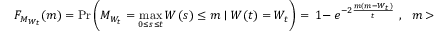
\, F _ { M _ { W _ { t } } } ( m ) = \operatorname* { P r } \left( M _ { W _ { t } } = \operatorname* { m a x } _ { 0 \leq s \leq t } W ( s ) \leq m \mid W ( t ) = W _ { t } \right) = \ 1 - \ e ^ { - 2 { \frac { m ( m - W _ { t } ) } { t } } } \ \, , \, \ \ m > \operatorname* { m a x } ( 0 , W _ { t } )